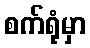
စက်ရုံမှာ